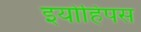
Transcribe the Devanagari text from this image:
इयोहिपस